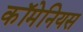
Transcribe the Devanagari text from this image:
कॉमेनियस